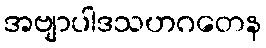
အဗျာပါဒသဟဂတေန